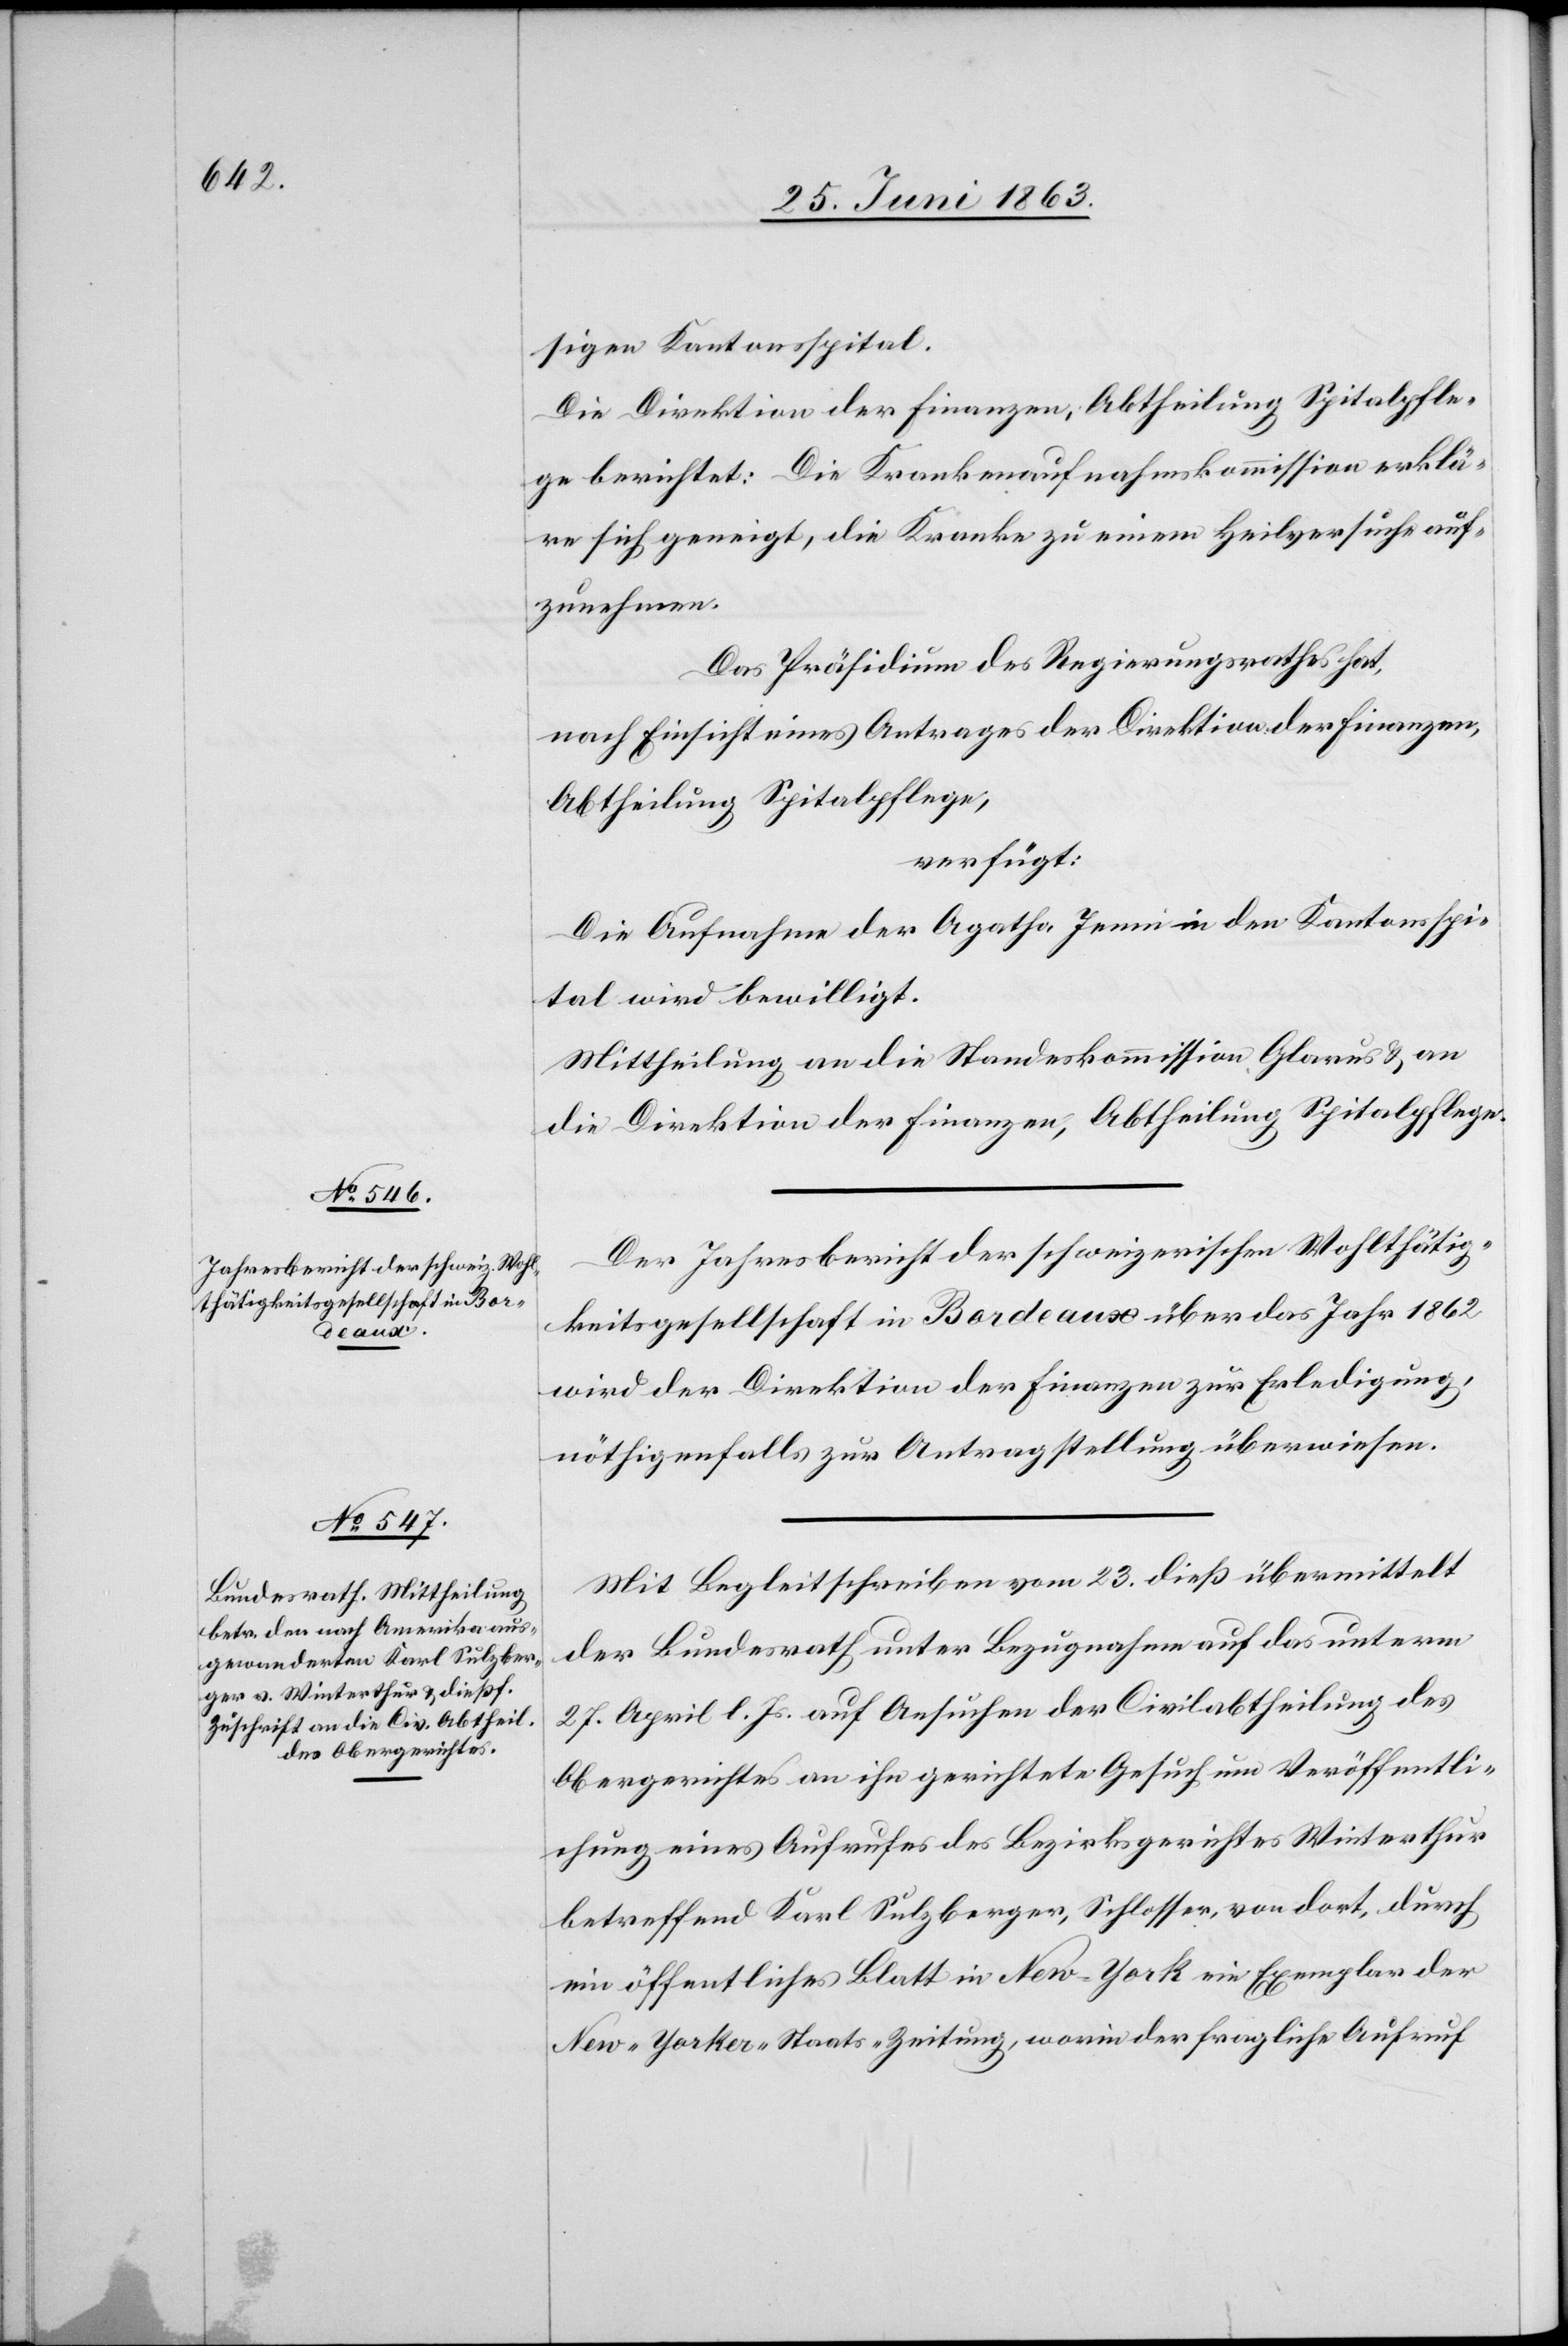
Actum

25. Juni 1863.]
sigen Kantonsspital.
Die Direktion der Finanzen, Abtheilung Spitalpfle¬
ge berichtet: Die Krankenaufnahmskommission erklä¬
re sich geneigt, die Kranke zu einem Heilversuche auf¬
zunehmen.
Das Präsidium des Regierungsrathes hat,
nach Einsicht eines Antrages der Direktion der Finanzen,
Abtheilung Spitalpflege,
verfügt:
Die Aufnahme der Agatha Jenni in den Kantonsspi¬
tal wird bewilligt.
Mittheilung an die Standeskommission Glarus & an
die Direktion der Finanzen, Abtheilung Spitalpflege.
Der Jahresbericht der schweizerischen Wohlthätig¬
keitsgesellschaft in Bordeaux über das Jahr 1862
wird der Direktion der Finanzen zur Erledigung,
nöthigenfalls zur Antragstellung überwiesen.
Mit Begleitschreiben vom 23. dieß übermittelt
der Bundesrath unter Bezugnahme auf das unterm
27. April l. Js. auf Ansuchen der Civilabtheilung des
Obergerichtes an ihn gerichtete Gesuch um Veröffentli¬
chung eines Aufrufes des Bezirksgerichtes Winterthur
betreffend Karl Sulzberger, Schlosser, von dort, durch
ein öffentliches Blatt in New-York ein Exemplar der
New-Yorker-Staats-Zeitung, worin der fragliche Aufruf